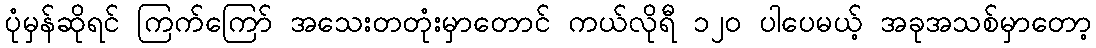
ပုံမှန်ဆိုရင် ကြက်ကြော် အသေးတတုံးမှာတောင် ကယ်လိုရီ ၁၂၀ ပါပေမယ့် အခုအသစ်မှာတော့